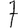
Digit: 7